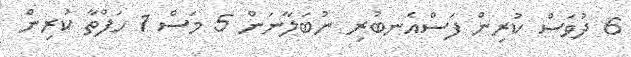
6 ދުވަސް ކުރިން ފަސްއެނބުރި ނުބަލާނަން 5 މަސް 1 ހަފްތާ ކުރިން